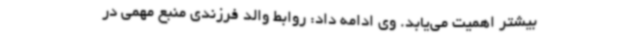
بیشتر اهمیت می‌یابد. وی ادامه داد: روابط والد فرزندی منبع مهمی در